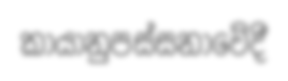
කායානුපස්සනාවේදී